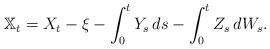
LaTeX: \begin{align*} \mathbb{X}_t = X_t -\xi -\int^t_0 Y_s \, ds -\int^t_0 Z_s \, dW_s.\end{align*}